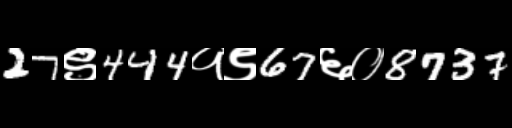
Text: 27९444१९67६०8737